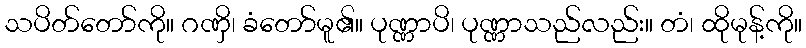
သပိတ်တော်ကို။ ဂဏှိ၊ ခံတော်မူ၏။ ပုဏ္ဏာပိ၊ ပုဏ္ဏာသည်လည်း။ တံ၊ ထိုမုန့်ကို။